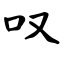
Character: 叹